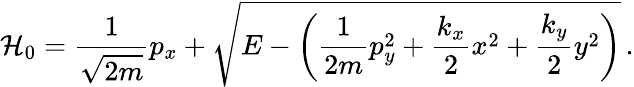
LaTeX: \mathcal{H}_{0}=\frac{1}{\sqrt{2m}}p_{x}+\sqrt{E-\left(\frac{1}{2m}p_{y}^{2}+\frac{k_{x}}{2}x^{2}+\frac{k_{y}}{2}y^{2}\right)}\, .